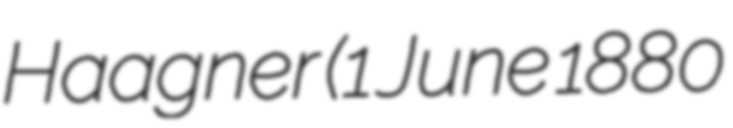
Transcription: Haagner (1 June 1880